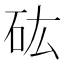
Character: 𥐪